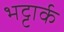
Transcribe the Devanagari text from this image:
भट्टार्क